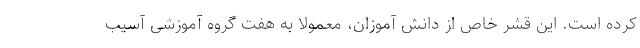
کرده است. این قشر خاص از دانش آموزان، معمولا به هفت گروه آموزشی آسیب